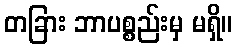
တခြား ဘာပစ္စည်းမှ မရှိ။